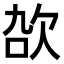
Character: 𬅠